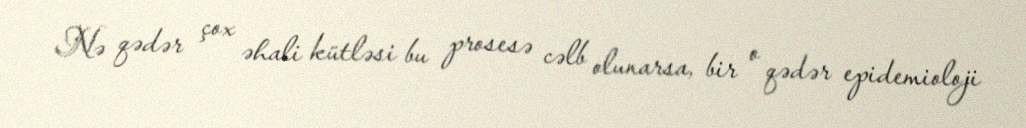
Nə qədər çox əhali kütləsi bu prosesə cəlb olunarsa, bir o qədər epidemioloji